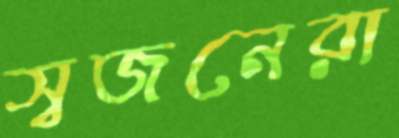
স্বজনেরা